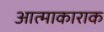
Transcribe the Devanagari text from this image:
आत्माकाराक